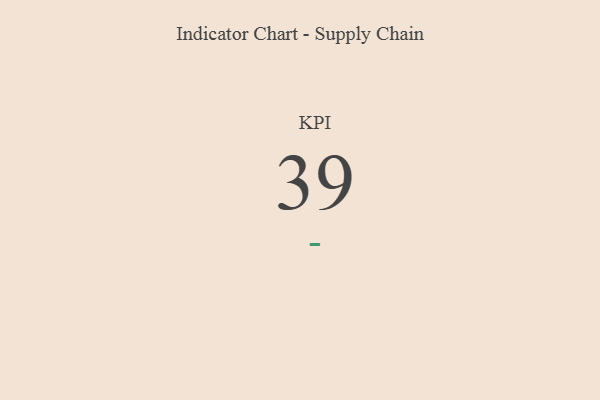
{"axis": {"x": "KPI", "y": "Value"}, "legend": [""], "data": [{"x": "KPI", "y": 39, "type": ""}]}